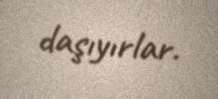
daşıyırlar.